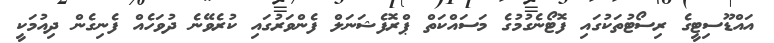
އައްޑޫސިޓީގެ ރިސޯޓުތަކުގައި ފޮޓޯނެގުމުގެ މަސައްކަތް ޕްރޮފެޝަނަލް ފެންވަރުގައި ކުރެވޭނެ ދުވަހެއް ފެނިގެން ދިއުމަކީ